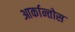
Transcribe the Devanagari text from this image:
आर्कान्तोस